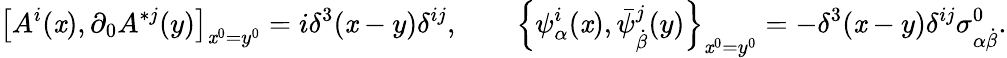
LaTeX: \left[A^{i}(\mathit{x}),\partial_{0}A^{*j}(y)\right]_{\mathit{x}^{0}=y^{0}}=i\delta^{3}(\mathit{x}-y)\delta^{ij},\qquad\left\{ \psi_{\alpha}^{i}(\mathit{x}),\bar{{\psi}}_{\dot{{\beta}}}^{j}(y)\right\} _{\mathit{x}^{0}=y^{0}}=-\delta^{3}(\mathit{x}-y)\delta^{ij}\sigma_{\alpha\dot{{\beta}}}^{0}.